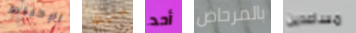
الإحباط عليك أحد بالمرحاض مساعدين